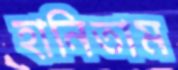
হানিতাম